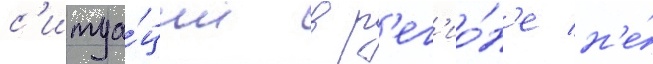
с'итуа́ции в р'ег'ио́н'е н'е́